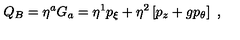
Q _ { B } = \eta ^ { a } G _ { a } = \eta ^ { 1 } p _ { \xi } + \eta ^ { 2 } \left[ p _ { z } + g p _ { \theta } \right] \ ,